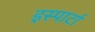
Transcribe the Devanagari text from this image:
इस्पार्टा